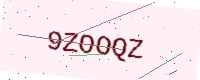
Text: 9ZOOQZ